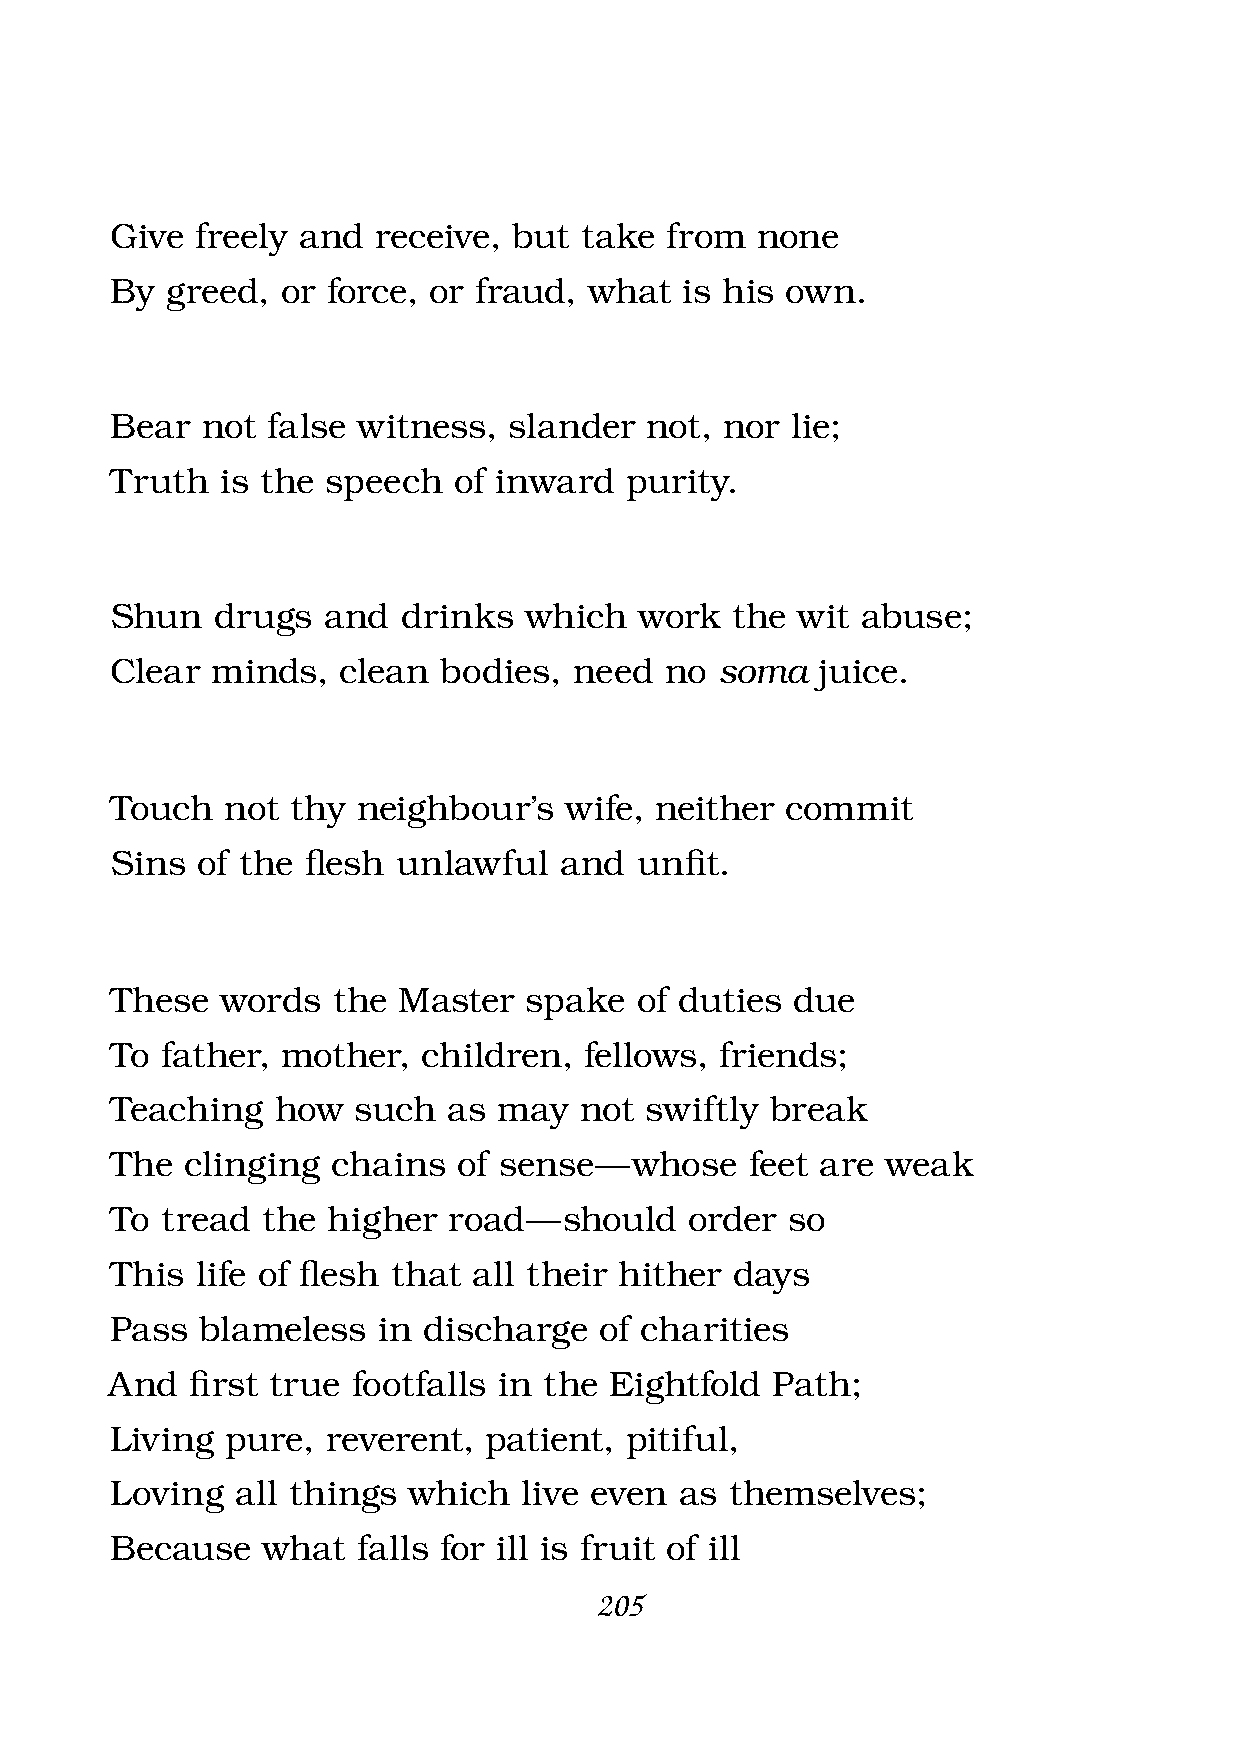
Give  freely and  receive, but take  from  none
 By  greed,  or force, or fraud, what  is his own.
 Bear  not  false witness,  slander  not, nor lie;
 Truth   is the speech  of inward  purity.
 Shun   drugs  and   drinks  which  work  the  wit abuse;
 Clear  minds,  clean  bodies,  need  no  soma  juice.
 Touch   not thy  neighbour’s  wife, neither  commit
 Sins  of the fl esh unlawful  and  unfi t.
 These   words  the Master   spake  of duties due
 To  father, mother,  children,  fellows, friends;
 Teaching   how  such   as may  not  swiftly break
 The  clinging  chains  of sense —  whose   feet are weak
 To  tread the  higher  road — should   order so
 This  life of fl esh that all their hither days
 Pass  blameless   in discharge   of charities
 And   fi rst true footfalls in the Eightfold Path;
 Living  pure,  reverent, patient, pitiful,
 Loving   all things which   live even as themselves;
 Because   what   falls for ill is fruit of ill
 205